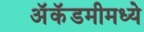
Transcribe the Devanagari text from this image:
अॅकॅडमीमध्ये